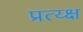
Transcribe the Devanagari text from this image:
प्रत्य्क्ष